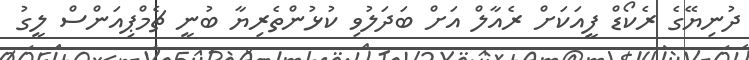
ދުނިޔޭގެ ރެކޯޑް ފީއަކަށް ރެއާލް އަށް ބަދަލުވި ކުޅުންތެރިޔާ ބުނީ ޗެމްޕިއަންސް ލީގު